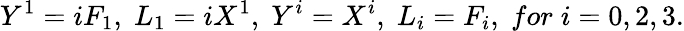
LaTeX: Y^{1}=iF_{1},\; L_{1}=iX^{1},\; Y^{i}=X^{i},\; L_{i}=F_{i},\; for\; i=0,2,3.